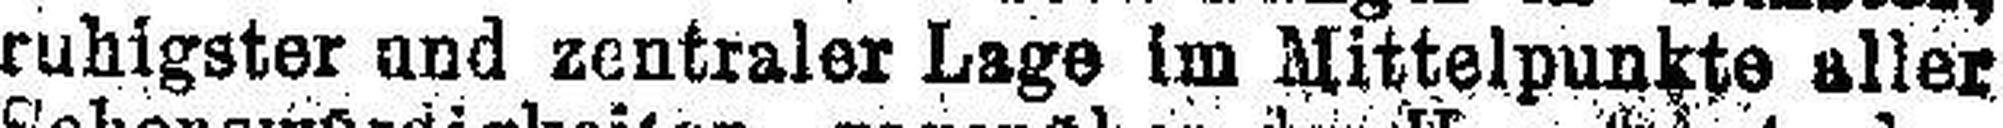
ruhigster und zentraler Lage Im Mittelpunkte aller.